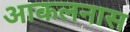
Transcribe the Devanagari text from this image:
आकलनास